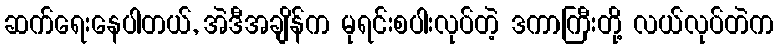
ဆက်ရေးနေပါတယ်, အဲဒီအချိန်က မုရင်းစပါးလုပ်တဲ့ ဒကာကြီးတို့ လယ်လုပ်တဲက